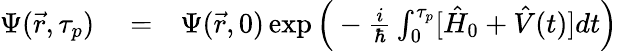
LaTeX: \begin{array}{rlr}{\Psi(\vec{r},\tau_{p})}&{{}=}&{\Psi(\vec{r},0)\exp{\Big(-\frac{i}{\hbar}\int_{0}^{\tau_{p}}[{\hat{H}}_{0}+\hat{V}(t)]dt\Big)}}\end{array}